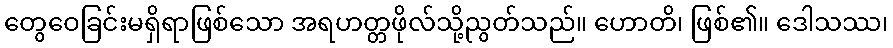
တွေဝေခြင်းမရှိရာဖြစ်သော အရဟတ္တဖိုလ်သို့ညွတ်သည်။ ဟောတိ၊ ဖြစ်၏။ ဒေါသဿ၊